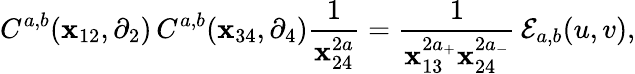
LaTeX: C^{a,b}(\mathbf{x}_{12},\partial_{2})\, C^{a,b}(\mathbf{x}_{34},\partial_{4})\frac{{1}}{{\mathbf{x}_{24}^{2a}}}=\frac{{1}}{{\mathbf{x}_{13}^{2a_{+}}\mathbf{x}_{24}^{2a_{-}}}}\, {\cal{E}}_{a,b}(u,v),